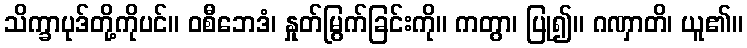
သိက္ခာပုဒ်တို့ကိုပင်။ ဝစီဘေဒံ၊ နှုတ်မြွက်ခြင်းကို။ ကတွာ၊ ပြု၍။ ဂဏှာတိ၊ ယူ၏။